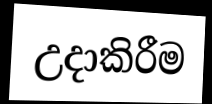
උදාකිරීම